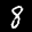
Label: 8